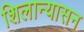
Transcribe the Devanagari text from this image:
शिलान्यासन